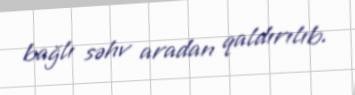
bağlı səhv aradan qaldırılıb.